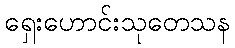
ရှေးဟောင်းသုတေသန